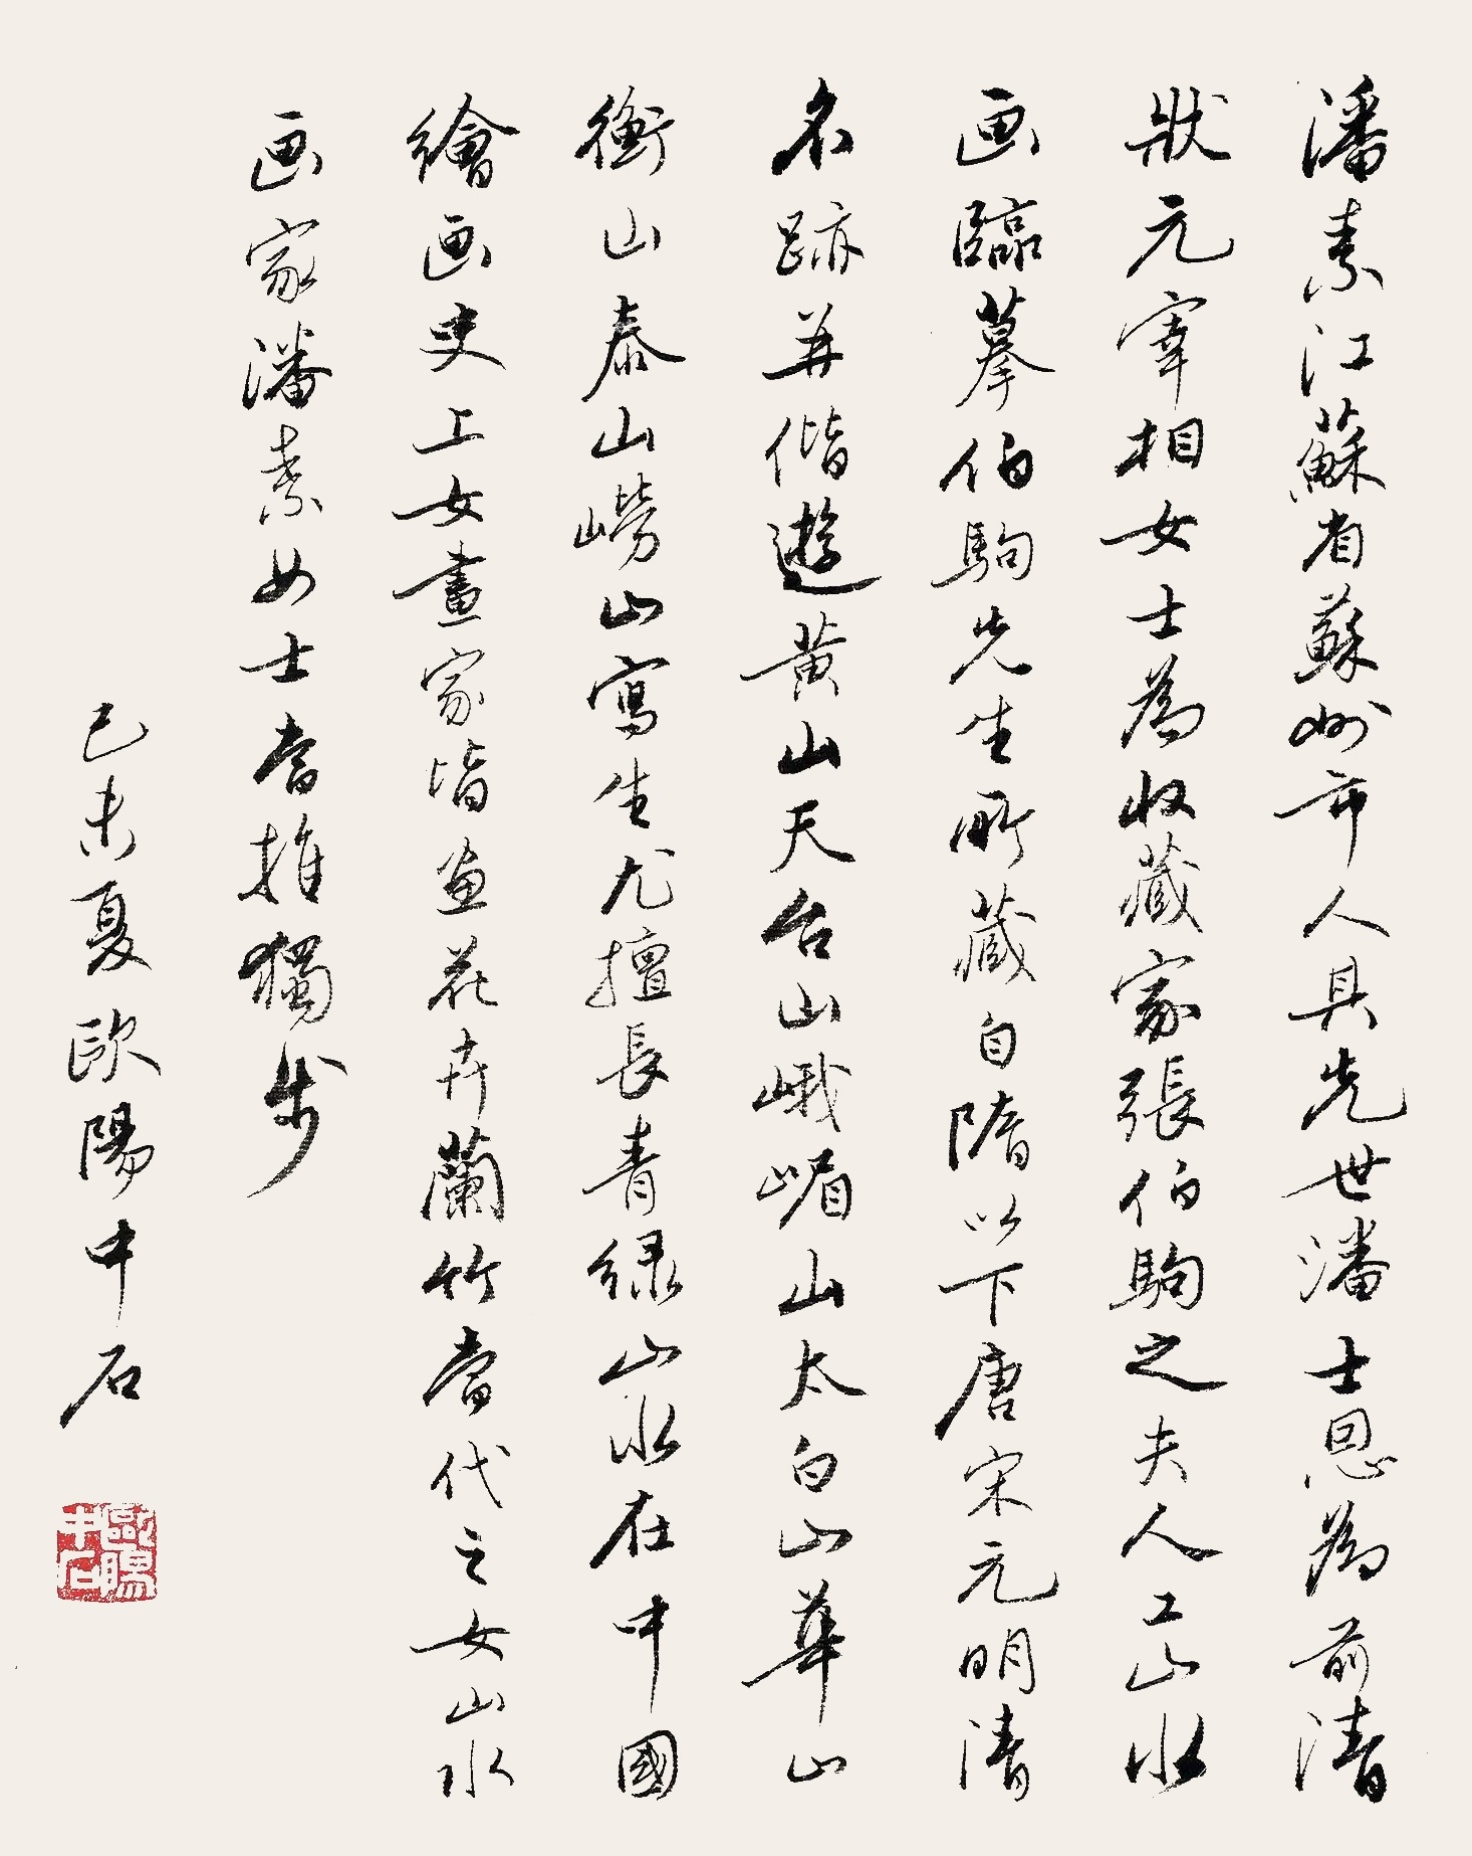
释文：潘素，江苏省苏州市人，其先世潘士恩为前清状元宰相，女士为收藏家张伯驹之夫人，工山水画临摹伯驹先生所藏自隋以下唐、宋、元、明、清名迹，并偕游黄山、天台山、峨眉山、太白山、华山、衡山、泰山、崂山写生，尤擅长青绿山水。在中国绘画史上，女画家皆画花卉兰竹，当代之女山水画家潘素女士当推独步。己未夏欧阳中石。